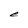
Character: e